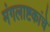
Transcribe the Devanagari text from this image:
मंगलाष्टकांचे